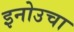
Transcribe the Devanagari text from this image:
इनोउचा